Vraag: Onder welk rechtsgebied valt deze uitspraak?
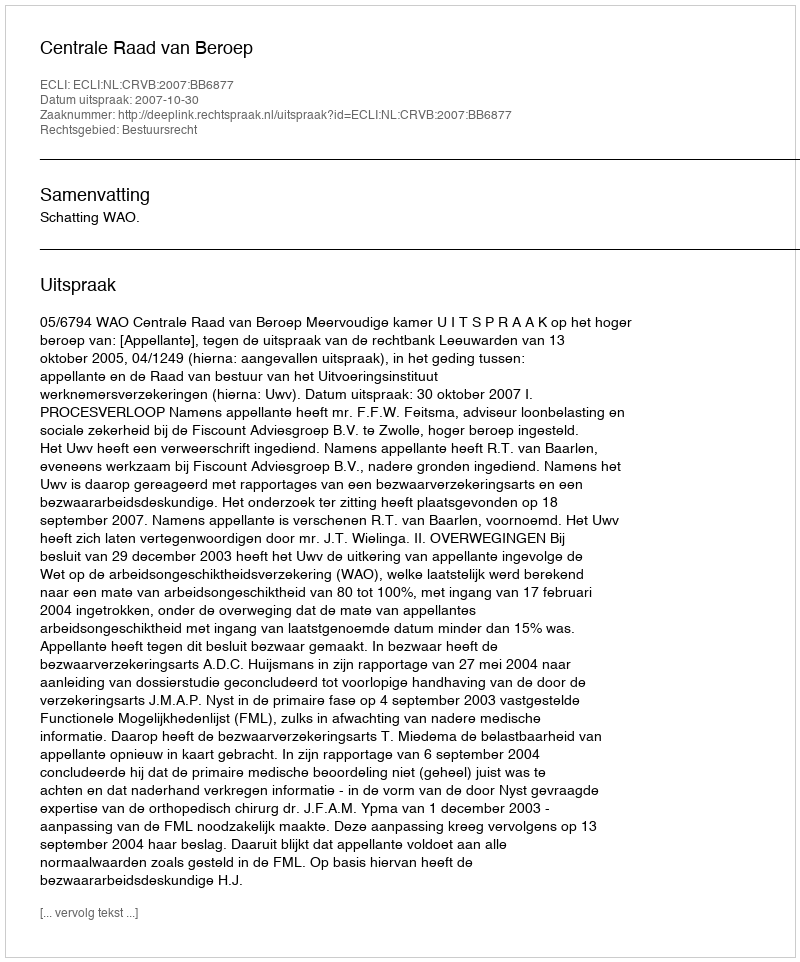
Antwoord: Bestuursrecht